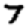
Digit: 7